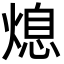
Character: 熄